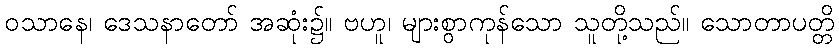
ဝသာနေ၊ ဒေသနာတော် အဆုံး၌။ ဗဟူ၊ များစွာကုန်သော သူတို့သည်။ သောတာပတ္တိ